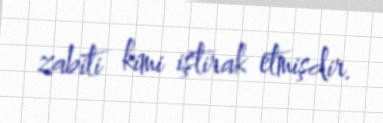
zabiti kimi iştirak etmişdir.